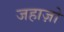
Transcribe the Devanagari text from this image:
जहाज़ो